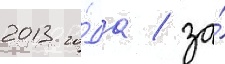
2013 го́да / за́